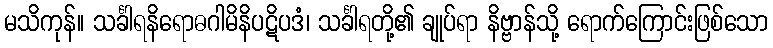
မသိကုန်။ သင်္ခါရနိရောဓဂါမိနိပဋိပဒံ၊ သင်္ခါရတို့၏ ချုပ်ရာ နိဗ္ဗာန်သို့ ရောက်ကြောင်းဖြစ်သော